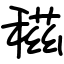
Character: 稵